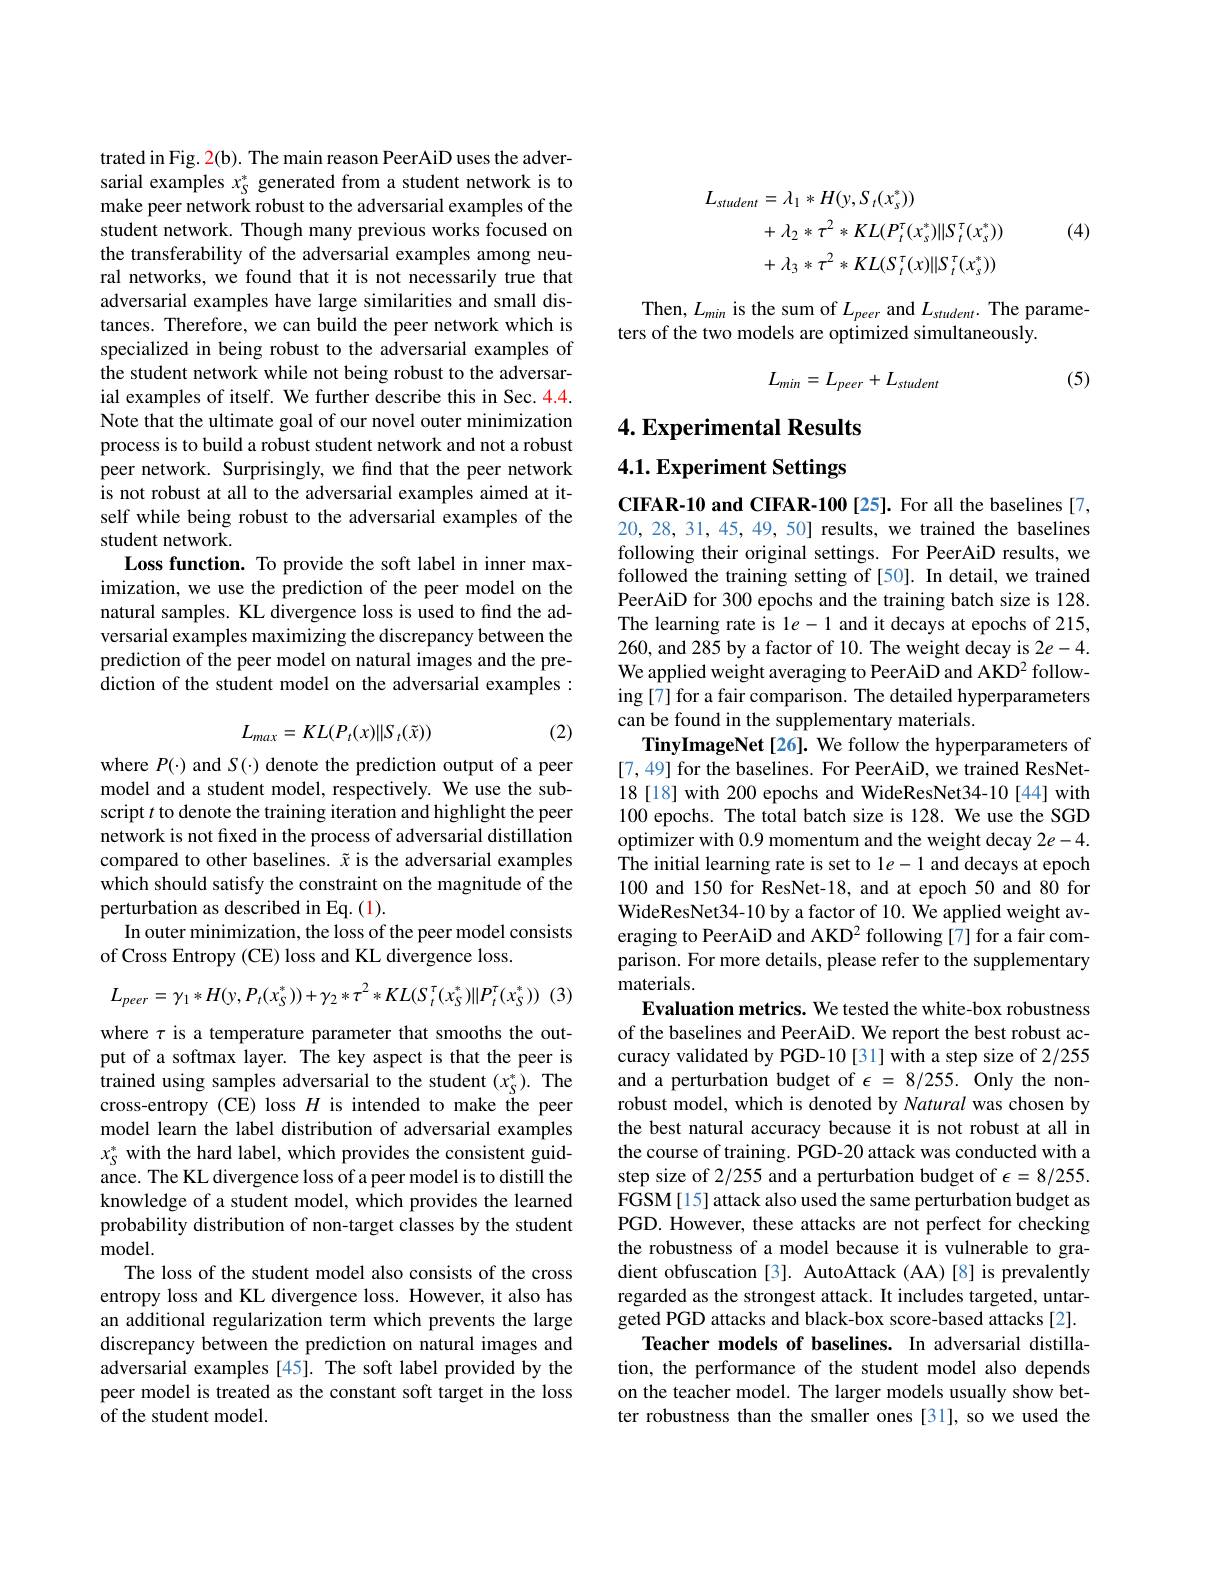
trated in Fig. 2(b). The main reason PeerAiD uses the adversarial examples $x_S^*$ generated from a student network is to make peer network robust to the adversarial examples of the student network. Though many previous works focused on the transferability of the adversarial examples among neural networks, we found that it is not necessarily true that adversarial examples have large similarities and small distances. Therefore, we can build the peer network which is specialized in being robust to the adversarial examples of the student network while not being robust to the adversarial examples of itself. We further describe this in Sec. 4.4. Note that the ultimate goal of our novel outer minimization process is to build a robust student network and not a robust peer network. Surprisingly, we find that the peer network is not robust at all to the adversarial examples aimed at itself while being robust to the adversarial examples of the student network.
Loss function. To provide the soft label in inner maximization, we use the prediction of the peer model on the natural samples. KL divergence loss is used to find the adversarial examples maximizing the discrepancy between the prediction of the peer model on natural images and the prediction of the student model on the adversarial examples:
$$L_{max}=KL(P_t(x)\|S_t(\tilde{x}))$$
(2)

where $P(\cdot)$ and $S(\cdot)$ denote the prediction output of a peer model and a student model, respectively. We use the subscript $t$ to denote the training iteration and highlight the peer network is not fixed in the process of adversarial distillation compared to other baselines. $\tilde{x}$ is the adversarial examples which should satisfy the constraint on the magnitude of the perturbation as described in Eq. (1).
In outer minimization, the loss of the peer model consists
of Cross Entropy (CE) loss and KL divergence loss.
$$L_{peer}=\gamma_{1}*H(y,P_{t}(x_{S}^{*}))+\gamma_{2}*\tau^{2}*KL(S_{t}^{\tau}(x_{S}^{*})\|P_{t}^{\tau}(x_{S}^{*}))$$
(3)

where $\tau$ is a temperature parameter that smooths the output of a softmax layer. The key aspect is that the peer is trained using samples adversarial to the student $(x_S^*).$ The cross-entropy (CE) loss $H$ is intended to make the peer model learn the label distribution of adversarial examples $x_S^*$ with the hard label, which provides the consistent guidance. The KL divergence loss of a peer model is to distill the knowledge of a student model, which provides the learned probability distribution of non-target classes by the student model.
The loss of the student model also consists of the cross entropy loss and KL divergence loss. However, it also has an additional regularization term which prevents the large discrepancy between the prediction on natural images and adversarial examples [45]. The soft label provided by the peer model is treated as the constant soft target in the loss of the student model.

(4)
$$\begin{aligned}L_{student}&=\lambda_{1}*H(y,S_{t}(x_{s}^{*}))\\&+\lambda_{2}*\tau^{2}*KL(P_{t}^{\tau}(x_{s}^{*})\|S_{t}^{\tau}(x_{s}^{*}))\\&+\lambda_{3}*\tau^{2}*KL(S_{t}^{\tau}(x)\|S_{t}^{\tau}(x_{s}^{*}))\end{aligned}$$
Then, $L_min$ is the sum of $L_peer$ and $L_student.$ The parame-
ters of the two models are optimized simultaneously.

(5)
$$L_{min}=L_{peer}+L_{student}$$
## 4. Experimental Results 4.1. Experiment Settings

CIFAR-10 and CIFAR-100[25]. For all the baselines[7, 20,28, 31, 45, 49, 50] results, we trained the baselines following their original settings. For PeerAiD results, we followed the training setting of [50]. In detail, we trained PeerAiD for 300 epochs and the training batch size is 128. The learning rate is le-1 and it decays at epochs of 215, 260, and 285 by a factor of 10. The weight decay is 2e-4. We applied weight averaging to PeerAiD and AKD2 following[7] for a fair comparison. The detailed hyperparameters can be found in the supplementary materials
TinyImageNet[26]. We follow the hyperparameters of [7,49] for the baselines. For PeerAiD, we trained ResNet- 18[18] with 200 epochs and WideResNet34-10[44] with 100 epochs. The total batch size is 128. We use the SGD optimizer with 0.9 momentum and the weight decay $2e-4.$ $\hat{\text{The initial learning rate is set to 1}e-1\text{ and decays at epoch}}$ 100 and 150 for ResNet-18, and at epoch 50 and 80 for WideResNet34-10 by a factor of 10. We applied weight averaging to PeerAiD and AKD$^{2}$ following [7] for a fair comparison. For more details, please refer to the supplementary materials.
Evaluation metrics. We tested the white-box robustness of the baselines and PeerAiD. We report the best robust accuracy validated by PGD-10[31] with a step size of 2/255 and a perturbation budget of $\epsilon=8/255.$ Only the nonrobust model, which is denoted by Natural was chosen by the best natural accuracy because it is not robust at all in the course of training. PGD-20 attack was conducted with a step size of 2/255 and a perturbation budget of $\epsilon=8/255.$ FGSM[15] attack also used the same perturbation budget as PGD. However, these attacks are not perfect for checking the robustness of a model because it is vulnerable to gradient obfuscation [3]. AutoAttack (AA) [8] is prevalently regarded as the strongest attack. It includes targeted, untargeted PGD attacks and black-box score-based attacks [2].
Teacher models of baselines. In adversarial distillation, the performance of the student model also depends on the teacher model. The larger models usually show better robustness than the smaller ones [31], so we used the